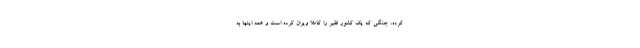
کرده، جنگی که یک کشور فقیر را کاملا ویران کرده است و همه اینها به